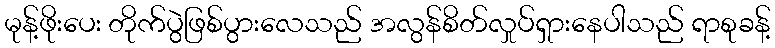
မုန့်ဖိုးပေး တိုက်ပွဲဖြစ်ပွားလေသည် အလွန်စိတ်လှုပ်ရှားနေပါသည် ရာစုခန့်